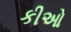
કીઓ